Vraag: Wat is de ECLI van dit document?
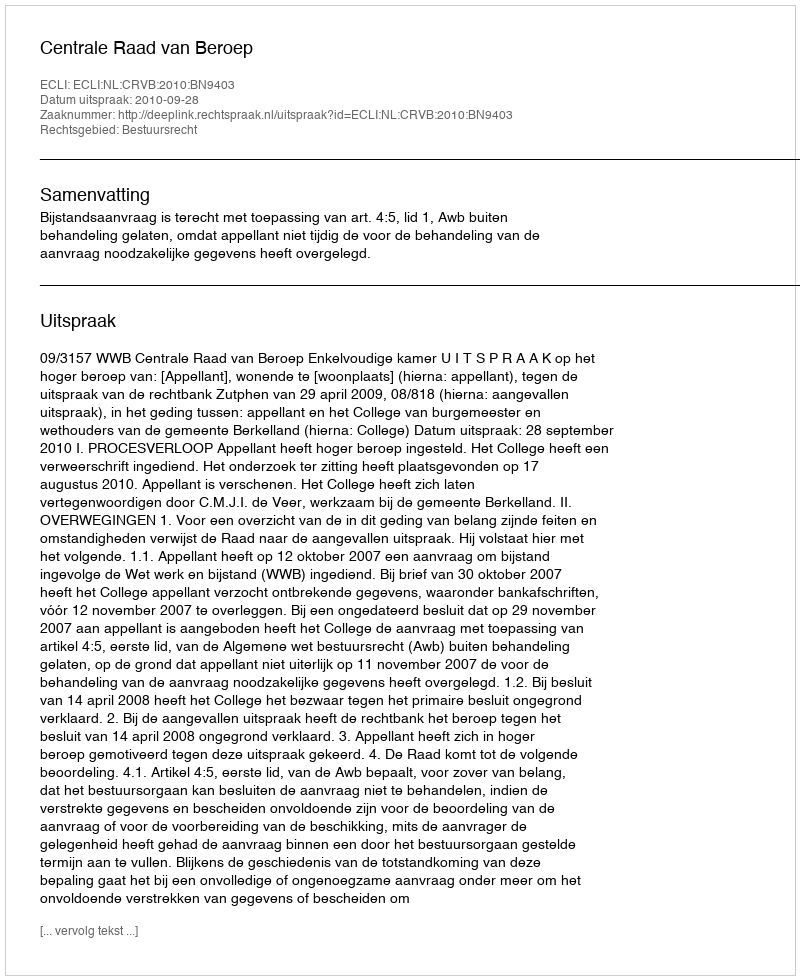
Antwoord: ECLI:NL:CRVB:2010:BN9403